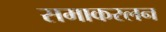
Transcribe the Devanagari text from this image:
समाकरलन